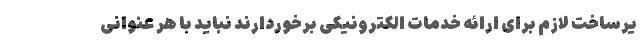
یرساخت لازم برای ارائه خدمات الکترونیکی برخوردارند نباید با هر عنوانی